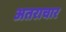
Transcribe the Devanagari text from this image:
अतराचार